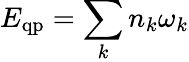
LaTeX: E_{\mathrm{qp}}=\sum_{k}n_{k}\omega_{k}